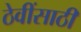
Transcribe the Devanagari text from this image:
ठेवींसाठी